Civil Veterinary Dept. Bombay admin report 1900-1906 - 1900-1906
Year: 1900
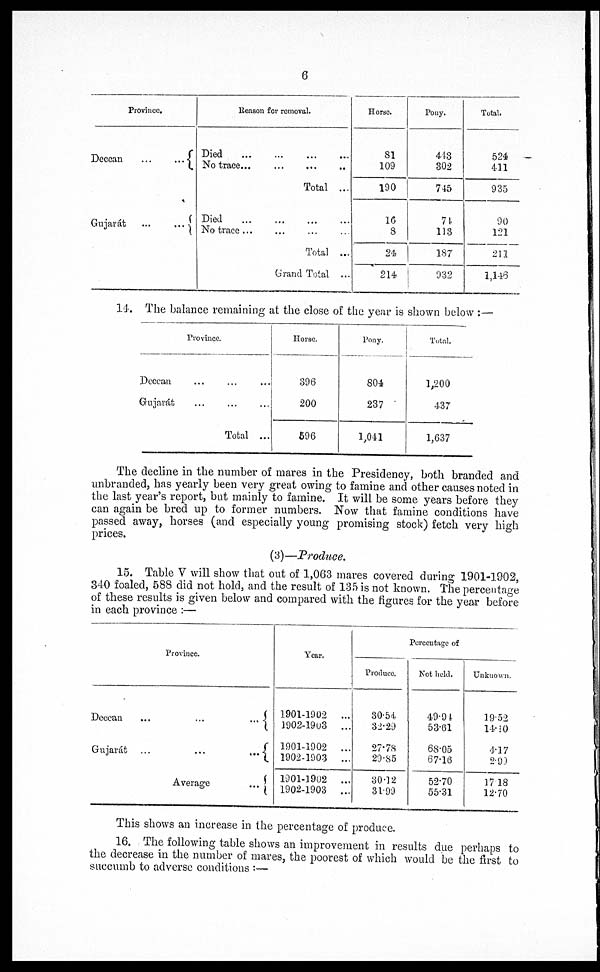
6
Province,
Deccan
...
...
Gujarát
...
...
Reason for removal.
Died
...
...
...
...
No trace...
...
...
...
Total ...
Died
...
...
...
...
No trace ... ... ... ...
Total ...
Grand Total ...
Horse.
81
109
190
16
8
24
214
Pony.
443
302
745
74
113
187
932
Total.
524
411
935
90
121
211
1,146
14. The balance remaining at the close of the year is shown below:—
Province.
Deccan ... ... ...
Gujarat ... ... ...
Total ...
Horse.
396
200
596
Pony.
804
237
1,041
Total.
1,200
437
1,637
The decline in the number of mares in the Presidency, both branded and
unbranded, has yearly been very great owing to famine and other causes noted in
the last year's report, but mainly to famine. It will be some years before they
can again be bred up to former numbers. Now that famine conditions have
passed away, horses (and especially young promising stock) fetch very high
prices.
(3)—Produce.
15. Table V will show that out of 1,063 mares covered during 1901-1902,
340 foaled, 588 did not hold, and the result of 135 is not known. The percentage
of these results is given below and compared with the figures for the year before
in each province:—
Province.
Deccan
...
...
...
Gujarát ...
...
...
Average
...
Year.
1901-1902 ...
1902-1903 ...
1901-1902
...
1902-1903 ...
1901-1902 ...
1902-1903 ...
Percentage of
Produce.
30.54
32.29
27.78
29.85
30.12
31.99
Not held.
49.94
53.61
68.05
67.16
52.70
55.31
Unknown.
19.52
14.10
4.17
2.90
1718
12.70
This shows an increase in the percentage of produce.
16. The following table shows an improvement in results due perhaps to
the decrease in the number of mares, the poorest of which would be the first to
succumb to adverse conditions:—